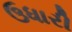
ઉધારી